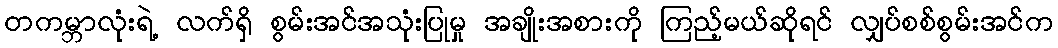
တကမ္ဘာလုံးရဲ့ လက်ရှိ စွမ်းအင်အသုံးပြုမှု အချိုးအစားကို ကြည့်မယ်ဆိုရင် လျှပ်စစ်စွမ်းအင်က